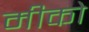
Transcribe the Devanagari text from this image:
मीको